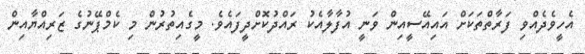
އެހީވެދެއްވި ފަރާތްތަކަށް އައިއޭސީއިން ވަނީ އުފާލާއެކު ރައްދުކޮށްދީފައެވެ. މީގެއިތުރުން މި ކެމްޕޭނުގެ ޒަރިއްޔާއިން